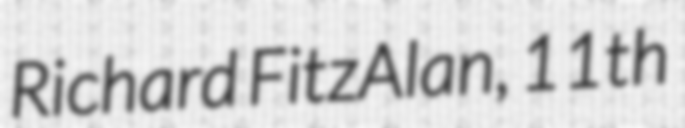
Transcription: Richard FitzAlan, 11th